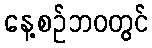
နေ့စဉ်ဘဝတွင်